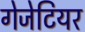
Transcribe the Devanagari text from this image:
गेजेटियर